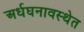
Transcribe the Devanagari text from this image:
अर्धघनावस्थेत